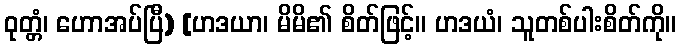
ဝုတ္တံ၊ ဟောအပ်ပြီ) [ဟဒယာ၊ မိမိ၏ စိတ်ဖြင့်။ ဟဒယံ၊ သူတစ်ပါးစိတ်ကို။